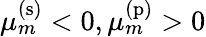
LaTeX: \mu_{m}^{\mathrm{(s)}}<0,\mu_{m}^{\mathrm{(p)}}>0